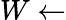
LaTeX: W\leftarrow